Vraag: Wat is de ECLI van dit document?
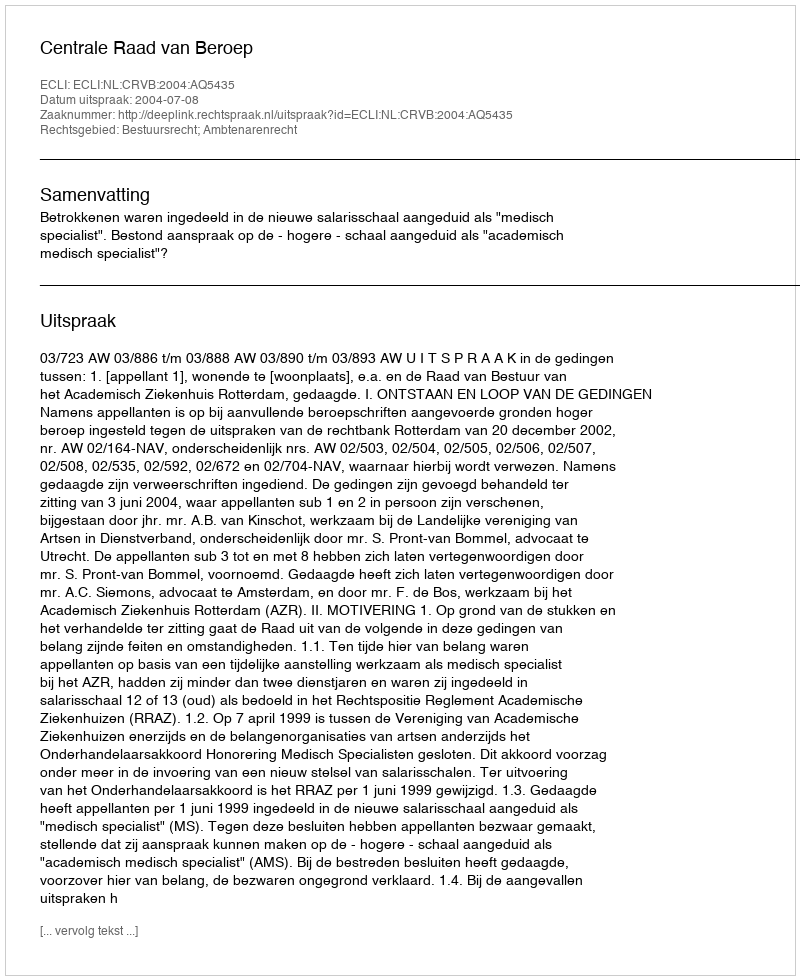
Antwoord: ECLI:NL:CRVB:2004:AQ5435